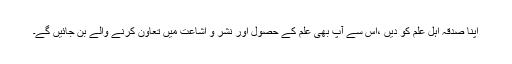
اپنا صدقہ اہل علم کو دیں ،اس سے آپ بھی علم کے حصول اور نشر و اشاعت میں تعاون کرنے والے بن جائیں گے۔